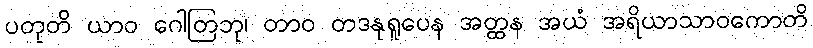
ပတုတိ ယာဝ ဂေါတြဘု၊ တာဝ တဒနုရူပေန အတ္ထန အယံ အရိယာသာဝကောတိ